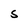
Character: S